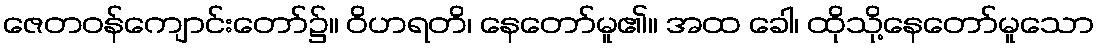
ဇေတဝန်ကျောင်းတော်၌။ ဝိဟရတိ၊ နေတော်မူ၏။ အထ ခေါ၊ ထိုသို့နေတော်မူသော